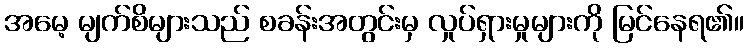
အမေ့ မျက်စိများသည် စခန်းအတွင်းမှ လှုပ်ရှားမှုများကို မြင်နေရ၏။